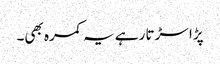
پڑا سڑتا رہے یہ کمرہ بھی۔